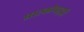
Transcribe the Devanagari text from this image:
प्रास्कोपाइडी